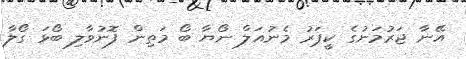
އޭނާ ޖަރުމަނުގެ ކީޕަރު މެނުއަލް ނޯޔާ ބޯ މަތިން ފޮނުވާލި ބޯޅަ ގޯލާ